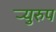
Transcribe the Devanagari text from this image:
र्‍युरुप